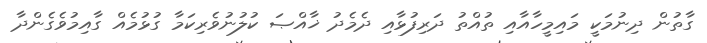
ގާތުން ދިނުމަކީ މައިމީހާއާއި ތުއްތު ދަރިފުޅާއި ދެމެދު ޚާއްޞަ ކުލުނުވެރިކަމާ ގުޅުމެއް ގާއިމުވެގެންދާ